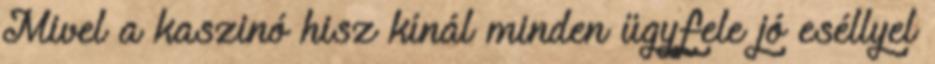
Mivel a kaszinó hisz kínál minden ügyfele jó eséllyel